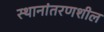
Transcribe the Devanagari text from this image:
स्थानांतरणशील